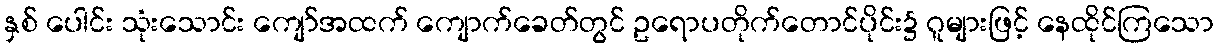
နှစ် ပေါင်း သုံးသောင်း ကျော်အထက် ကျောက်ခေတ်တွင် ဥရောပတိုက်တောင်ပိုင်း၌ ဂူများဖြင့် နေထိုင်ကြသော